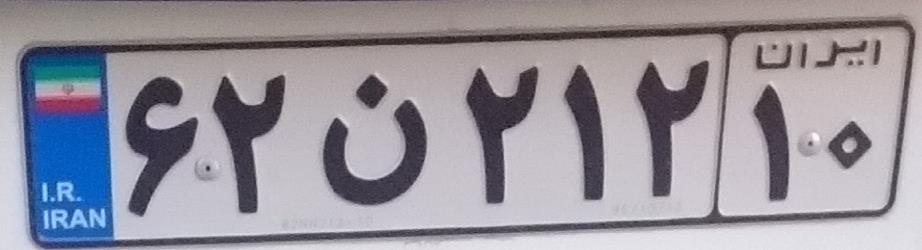
۶۲ن۲۱۲۱۰